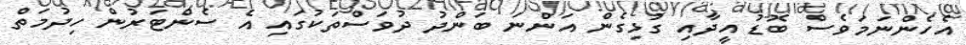
އެހެންނަމަވެސް ބޮޑު އީދާއި ގުޅިގެން އަންނަ ބަންދު ދުވަސްތަކުގައި އެ ސެންޓަރުން ހިދުމަތް